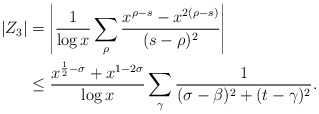
\begin{align*} |Z_3| &= \left| \frac{1}{\log x}\sum_{\rho}\frac{x^{\rho-s}-x^{2(\rho-s)}}{(s-\rho)^2} \right| \\ &\leq \frac{x^{\frac{1}{2}-\sigma}+x^{1-2\sigma}}{\log x} \sum_{\gamma}\frac{1}{(\sigma-\beta)^2+(t-\gamma)^2}. \end{align*}